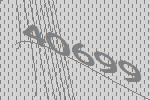
40699